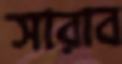
সারাব